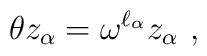
\theta z_\alpha=\omega^{\ell_\alpha} z_\alpha~,